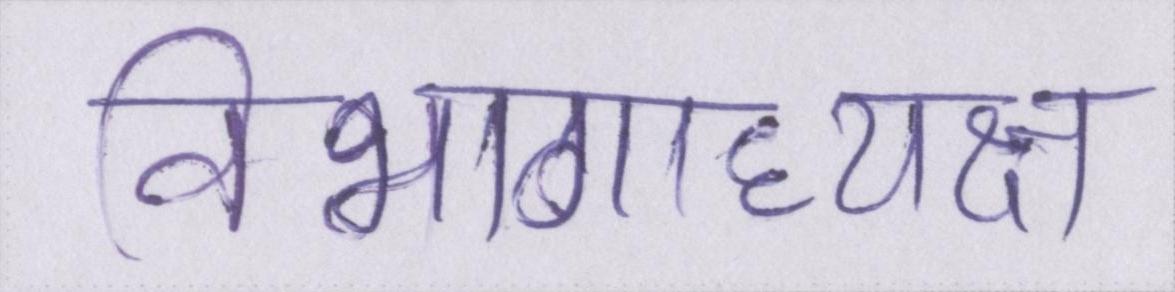
विभागाध्यक्ष